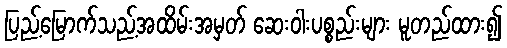
ပြည့်မြောက်သည့်အထိမ်းအမှတ် ဆေးဝါးပစ္စည်းများ မူတည်ထား၍